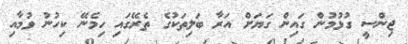
ޖިންސީ ގުޅުމުން ގައިން ގަޔަށް އަރާ ބަލިތަކުގެ ތެރޭގައި ހިމެނޭ ކިހުނު ވުމާއި